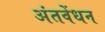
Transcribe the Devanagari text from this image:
अंतवेंधन